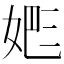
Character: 𡝕